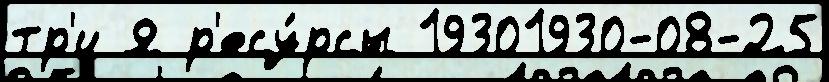
тр'и Я р'есу́рсы 19301930-08-25